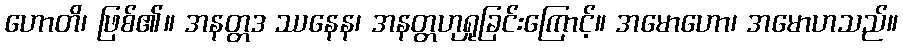
ဟောတိ၊ ဖြစ်၏။ အနတ္တဒ ဿနေန၊ အနတ္တဟုရှုခြင်းကြောင့်။ အမောဟော၊ အမောဟသည်။